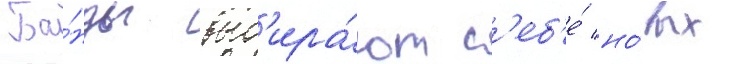
Ба́нды выб'ира́ют с'еб'е́ но́вых